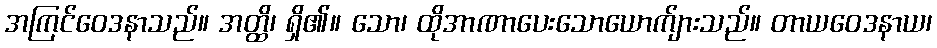
အကြင်ဝေဒနာသည်။ အတ္ထိ၊ ရှိ၏။ သော၊ ထိုအာဏာပေးသောယောက်ျားသည်။ တာယဝေဒနာယ၊